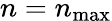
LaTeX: n=n_{\mathrm{max}}